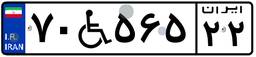
۷۰W۵۶۵۲۲